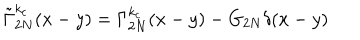
\tilde { \Gamma } _ { 2 N } ^ { k _ { c } } ( x - y ) = \Gamma _ { 2 N } ^ { k _ { c } } ( x - y ) - G _ { 2 N } \delta ( x - y )